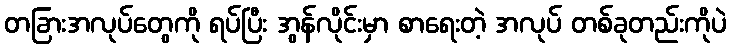
တခြားအလုပ်တွေကို ရပ်ပြီး အွန်လိုင်းမှာ စာရေးတဲ့ အလုပ် တစ်ခုတည်းကိုပဲ